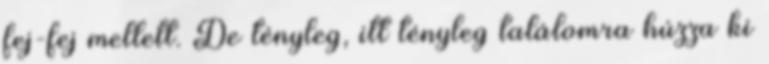
fej-fej mellett. De tényleg, itt tényleg találomra húzza ki